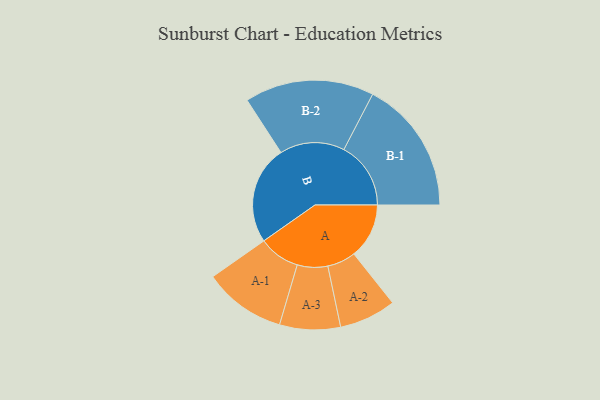
{"axis": {"x": "Segment", "y": "Value"}, "legend": ["", "A", "B"], "data": [{"x": "A", "y": 225, "type": ""}, {"x": "B", "y": 402, "type": ""}, {"x": "A-1", "y": 168, "type": "A"}, {"x": "A-2", "y": 116, "type": "A"}, {"x": "A-3", "y": 124, "type": "A"}, {"x": "B-1", "y": 273, "type": "B"}, {"x": "B-2", "y": 264, "type": "B"}]}